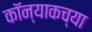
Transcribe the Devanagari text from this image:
कॉन्याकच्या